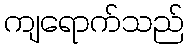
ကျရောက်သည်